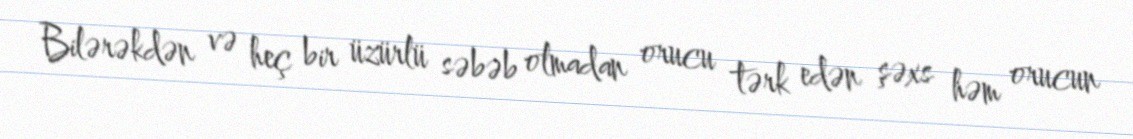
Bilərəkdən və heç bir üzürlü səbəb olmadan orucu tərk edən şəxs həm orucun